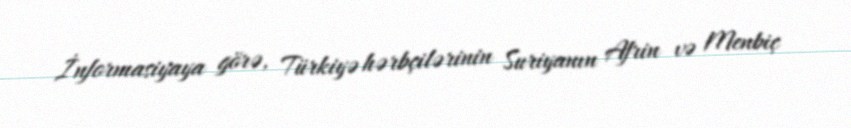
İnformasiyaya görə, Türkiyə hərbçilərinin Suriyanın Afrin və Menbiç